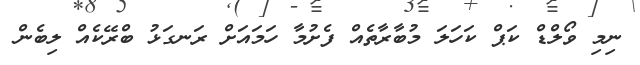
ނިމި ވޯލްޑް ކަޕް ކަހަލަ މުބާރާތެއް ފެށުމާ ހަމައަށް ރަނގަޅު ބްރޭކެއް ލިބެން